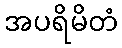
အပရိမိတံ